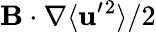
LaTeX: {\mathbf{B}}\cdot\nabla\langle{{\mathbf{u}}^{\prime}{}^{2}}\rangle/2